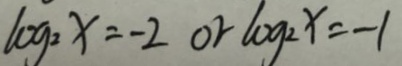
\log _ { 2 } x = - 2 o r \log _ { 2 } x = - 1